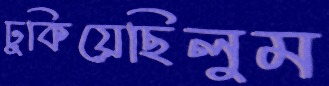
ঢুকিয়েছিলুম